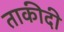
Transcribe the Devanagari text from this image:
ताकीदी